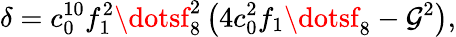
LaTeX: \delta=c_{0}^{10}f_{1}^{2}\dotsf_{8}^{2}\left(4c_{0}^{2}f_{1}\dotsf_{8}-\mathcal{G}^{2}\right),